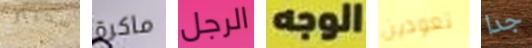
سكيتر ماكرة الرجل الوجه تعودين جدا